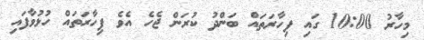
މިހާރު 10:00 ގައި ފިހާރަތައް ބަންދު ކުރަން ޖެހެ އެވެ ފިހާރަތައް ހުޅުވާފައި